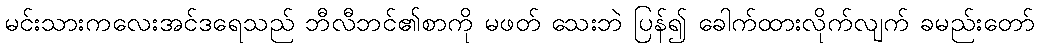
မင်းသားကလေးအင်ဒရေသည် ဘီလီဘင်၏စာကို မဖတ် သေးဘဲ ပြန်၍ ခေါက်ထားလိုက်လျက် ခမည်းတော်